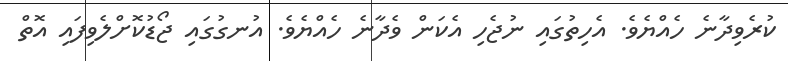
ކުރެވިދާނެ ހެއްޔެވެ. އެހިތުގައި ނުޖެހި އެކަން ވެދާނެ ހެއްޔެވެ. އުނގުގައި ޖޯޑުކޮށްލެވިފައި އޮތް